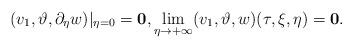
LaTeX: \begin{align*}(v_1,\vartheta,\partial_\eta w)|_{\eta=0}=\mathbf{0},\lim_{\eta\rightarrow +\infty}(v_1,\vartheta,w)(\tau,\xi,\eta)=\mathbf{0}.\end{align*}